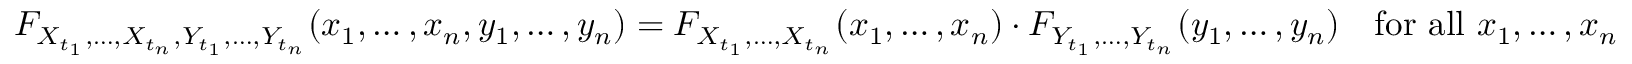
F _ { X _ { t _ { 1 } } , \ldots , X _ { t _ { n } } , Y _ { t _ { 1 } } , \ldots , Y _ { t _ { n } } } ( x _ { 1 } , \ldots , x _ { n } , y _ { 1 } , \ldots , y _ { n } ) = F _ { X _ { t _ { 1 } } , \ldots , X _ { t _ { n } } } ( x _ { 1 } , \ldots , x _ { n } ) \cdot F _ { Y _ { t _ { 1 } } , \ldots , Y _ { t _ { n } } } ( y _ { 1 } , \ldots , y _ { n } ) \quad { \mathrm { f o r ~ a l l ~ } } x _ { 1 } , \ldots , x _ { n }